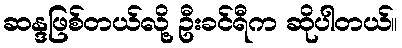
ဆန္ဒဖြစ်တယ်လို့ ဦးခင်ရီက ဆိုပါတယ်။